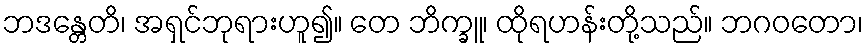
ဘဒန္တေတိ၊ အရှင်ဘုရားဟူ၍။ တေ ဘိက္ခူ၊ ထိုရဟန်းတို့သည်။ ဘဂဝတော၊